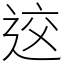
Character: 䢒